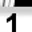
Digit: 1